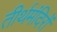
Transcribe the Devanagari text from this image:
तीर्थमंदिरों